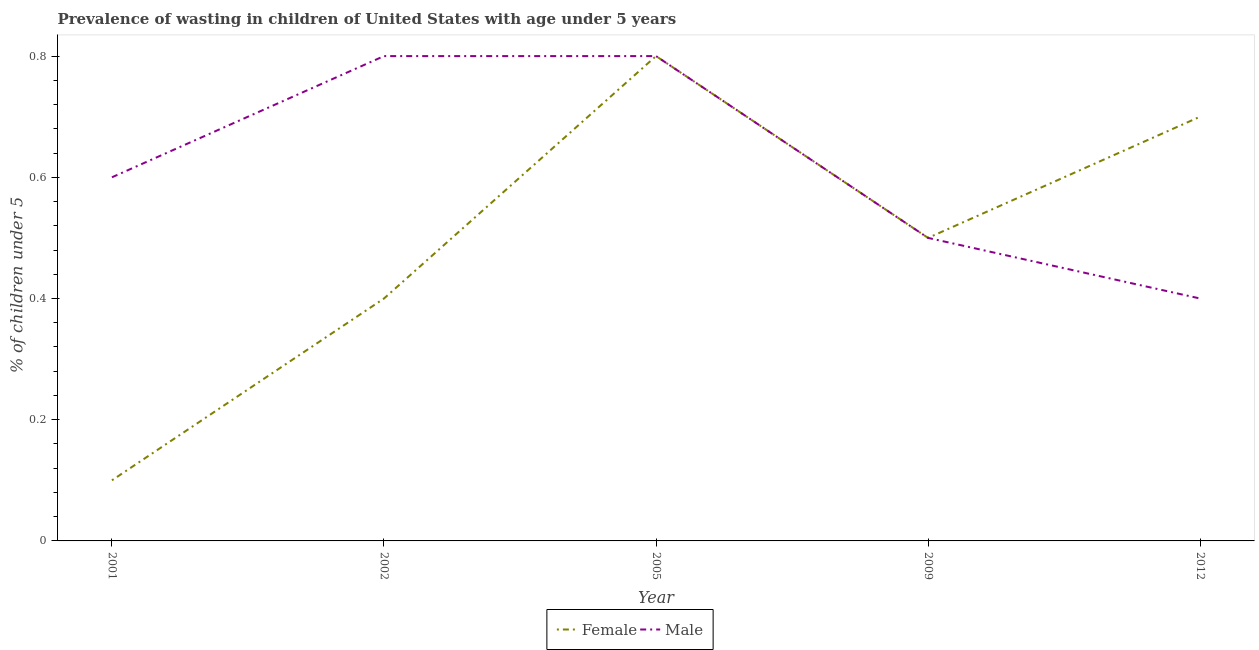
| Year | Female | Male |
 | --- | --- | --- |
 | 2001 | 0.1 | 0.6 |
 | 2002 | 0.4 | 0.8 |
 | 2005 | 0.8 | 0.8 |
 | 2009 | 0.5 | 0.5 |
 | 2012 | 0.7 | 0.4 |